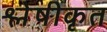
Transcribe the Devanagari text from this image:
श्लेषीकृत